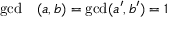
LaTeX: \begin{array} { r l } { \operatorname* { g c d } } & { { } ( a , b ) = \operatorname* { g c d } ( a ^ { \prime } , b ^ { \prime } ) = 1 } \end{array}